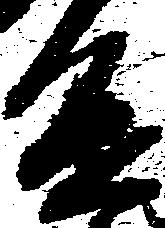
進